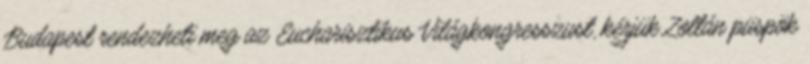
Budapest rendezheti meg az Eucharisztikus Világkongresszust, kérjük Zoltán püspök